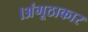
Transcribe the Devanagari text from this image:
।अंगूठाकार